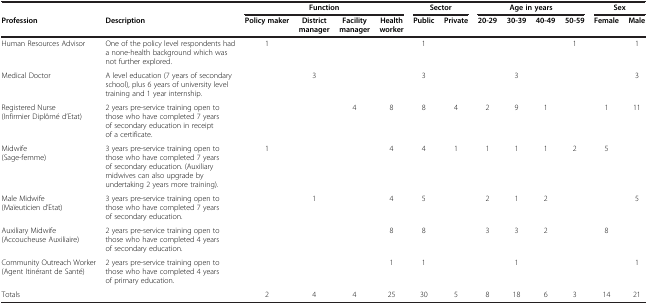
<table><thead><tr><td><b> </b></td><td><b> </b></td><td colspan="4"><b>Function</b></td><td colspan="2"><b>Sector</b></td><td colspan="4"><b>Age in years</b></td><td colspan="2"><b>Sex</b></td></tr><tr><td><b>Profession</b></td><td><b>Description</b></td><td><b>Policy maker</b></td><td><b>District manager</b></td><td><b>Facility manager</b></td><td><b>Health worker</b></td><td><b>Public</b></td><td><b>Private</b></td><td><b>20-29</b></td><td><b>30-39</b></td><td><b>40-49</b></td><td><b>50-59</b></td><td><b>Female</b></td><td><b>Male</b></td></tr></thead><tbody><tr><td>Human Resources Advisor</td><td>One of the policy level respondents had a none-health background which was not further explored.</td><td>1</td><td> </td><td> </td><td> </td><td>1</td><td> </td><td> </td><td> </td><td> </td><td>1</td><td> </td><td>1</td></tr><tr><td>Medical Doctor</td><td>A level education (7 years of secondary school), plus 6 years of university level training and 1 year internship.</td><td> </td><td>3</td><td> </td><td> </td><td>3</td><td> </td><td> </td><td>3</td><td> </td><td> </td><td> </td><td>3</td></tr><tr><td>Registered Nurse (Infirmier Diplômé d’Etat)</td><td>2 years pre-service training open to those who have completed 7 years of secondary education in receipt of a certificate.</td><td> </td><td> </td><td>4</td><td>8</td><td>8</td><td>4</td><td>2</td><td>9</td><td>1</td><td> </td><td>1</td><td>11</td></tr><tr><td>Midwife (Sage-femme)</td><td>3 years pre-service training open to those who have completed 7 years of secondary education. (Auxiliary midwives can also upgrade by undertaking 2 years more training).</td><td>1</td><td> </td><td> </td><td>4</td><td>4</td><td>1</td><td>1</td><td>1</td><td>1</td><td>2</td><td>5</td><td> </td></tr><tr><td>Male Midwife (Maïeuticien d’Etat)</td><td>3 years pre-service training open to those who have completed 7 years of secondary education.</td><td> </td><td>1</td><td> </td><td>4</td><td>5</td><td> </td><td>2</td><td>1</td><td>2</td><td> </td><td> </td><td>5</td></tr><tr><td>Auxiliary Midwife (Accoucheuse Auxiliaire)</td><td>2 years pre-service training open to those who have completed 4 years of secondary education.</td><td> </td><td> </td><td> </td><td>8</td><td>8</td><td> </td><td>3</td><td>3</td><td>2</td><td> </td><td>8</td><td> </td></tr><tr><td>Community Outreach Worker (Agent Itinérant de Santé)</td><td>2 years pre-service training open to those who have completed 4 years of primary education.</td><td> </td><td> </td><td> </td><td>1</td><td>1</td><td> </td><td> </td><td>1</td><td> </td><td> </td><td> </td><td>1</td></tr><tr><td>Totals</td><td> </td><td>2</td><td>4</td><td>4</td><td>25</td><td>30</td><td>5</td><td>8</td><td>18</td><td>6</td><td>3</td><td>14</td><td>21</td></tr></tbody></table>